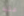
عليه